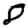
Digit: 8